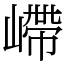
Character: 嵽